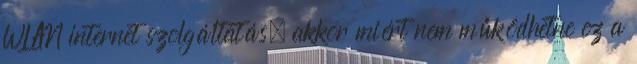
WLAN internet szolgáltatás, akkor miért nem működhetne ez a